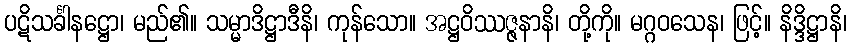
ပဋိသင်္ခါနဋ္ဌော၊ မည်၏။ သမ္မာဒိဋ္ဌာဒီနိ၊ ကုန်သော။ အဋ္ဌဝိဿဇ္ဇနာနိ၊ တို့ကို။ မဂ္ဂဝသေန၊ ဖြင့်။ နိဒ္ဒိဋ္ဌာနိ၊